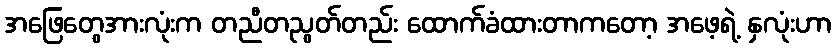
အဖြေတွေအားလုံးက တညီတညွတ်တည်း ထောက်ခံထားတာကတော့ အဖေ့ရဲ့ နှလုံးဟာ